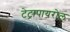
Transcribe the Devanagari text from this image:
टेट्रापायरोल